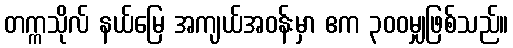
တက္ကသိုလ် နယ်မြေ အကျယ်အဝန်းမှာ ဧက ၃၀၀မျှဖြစ်သည်။